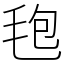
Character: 𣭚